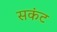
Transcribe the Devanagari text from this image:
सकंट